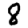
Digit: 8